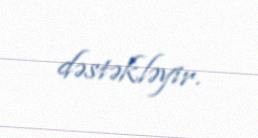
dəstəkləyir.